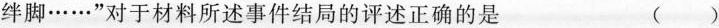
绊脚……”对于材料所述事件结局的评述正确的是 ()